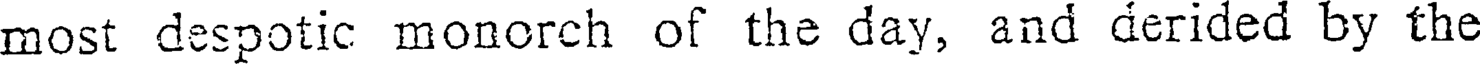
most despotic monorch of the day, and derided by the